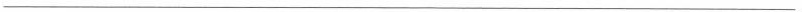
___